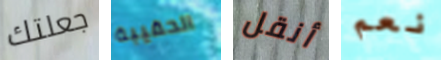
جعلتك الحقيبة أنقل نعم